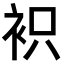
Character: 𧙋